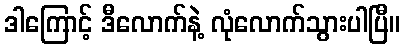
ဒါကြောင့် ဒီလောက်နဲ့ လုံလောက်သွားပါပြီ။